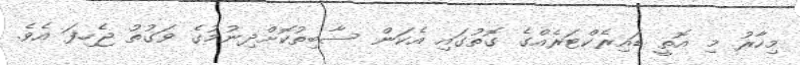
މިހާރު މި އޮތީ ޑައިރެކްޓަރެއްގެ ގޮތުގައި އެކަން ސާބިތުކޮށްދިނުމުގެ ވަގުތު ޖެހިފަ އެވެ.